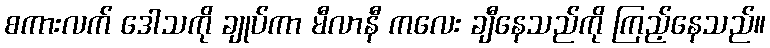
စကားလက် ဒေါသကို ချုပ်ကာ မီလာနီ ကလေး ချီနေသည်ကို ကြည့်နေသည်။